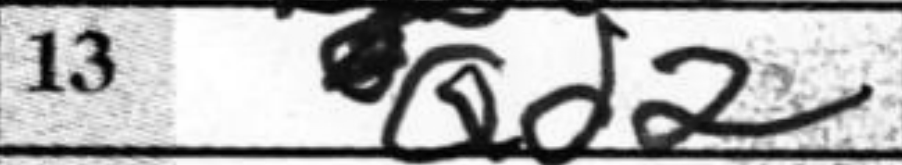
Transcription: Qd2